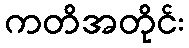
ကတိအတိုင်း